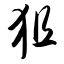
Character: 狙